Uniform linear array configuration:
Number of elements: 24
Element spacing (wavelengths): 1
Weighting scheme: cosine
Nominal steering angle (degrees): -15
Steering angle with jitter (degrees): -14.331
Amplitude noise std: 0.05
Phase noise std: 0.05

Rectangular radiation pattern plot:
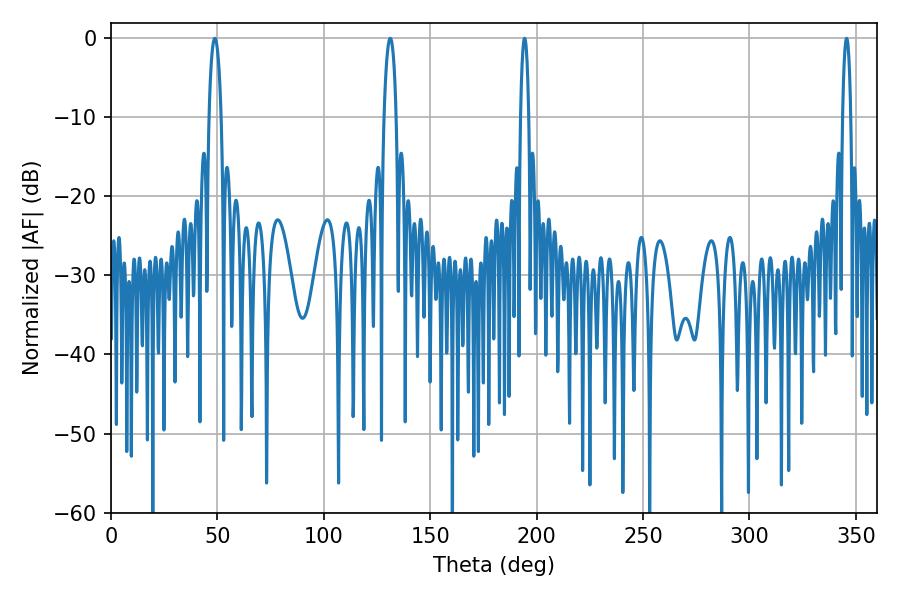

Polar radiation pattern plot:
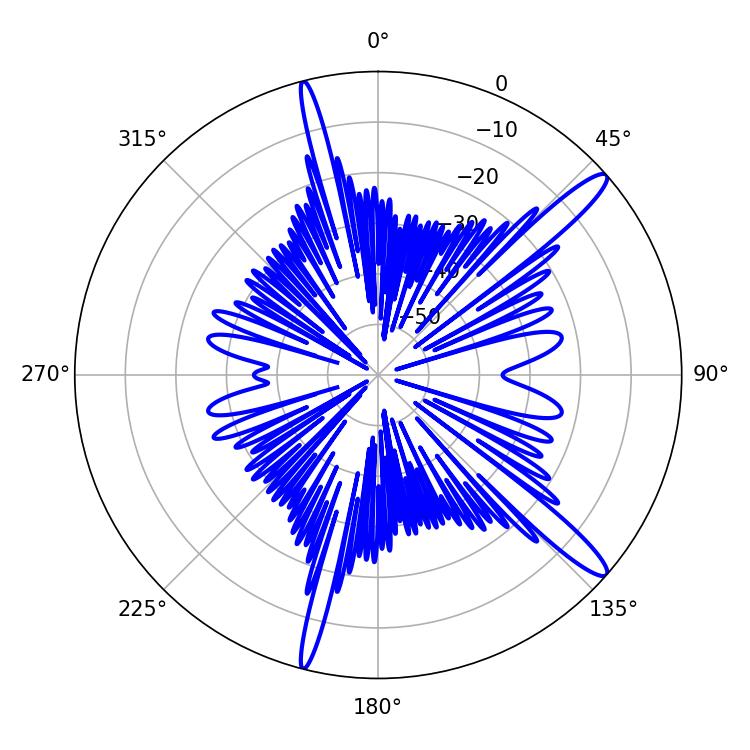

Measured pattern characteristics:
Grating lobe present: TRUE
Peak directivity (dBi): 14.318
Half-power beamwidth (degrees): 3.24
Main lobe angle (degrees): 48.78